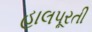
હાલપૂરતી